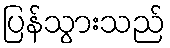
ပြန်သွားသည်